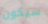
سيكون